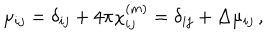
LaTeX: \mu _ { i j } = \delta _ { i j } + 4 \pi \chi _ { i j } ^ { ( m ) } = \delta _ { i j } + \Delta \mu _ { i j } \, ,